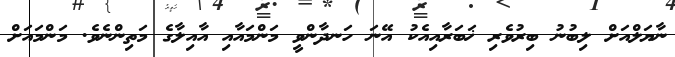
ނާޔަލްއަށް ލިބުނު ބިރުވެރި ޚަބަރާއިއެކު އޭނަ ހަނދާންވީ މަންމައާއި އާއިލާގެ މަތިންނެވެ. މަންމައަށް